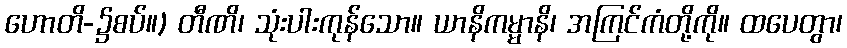
ဟောတိ-၌စပ်။) တီဏိ၊ သုံးပါးကုန်သော။ ယာနိကမ္မာနိ၊ အကြင်ကံတို့ကို။ ထပေတွာ၊